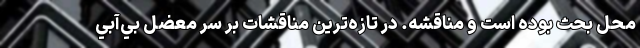
محل بحث بوده است و مناقشه. در تازه‌ترين مناقشات بر سر معضل بي‌آبي